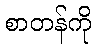
စာတန်ကို